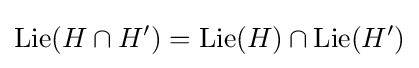
\operatorname {Lie} (H\cap H')=\operatorname {Lie} (H)\cap \operatorname {Lie} (H')